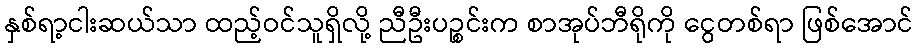
နှစ်ရာ့ငါးဆယ်သာ ထည့်ဝင်သူရှိလို့ ညီဦးပဉ္စင်းက စာအုပ်ဘီရိုကို ငွေတစ်ရာ ဖြစ်အောင်